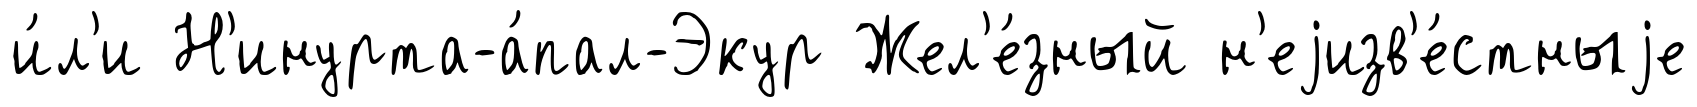
и́л'и Н'инурта-а́пал-Экур Жел'е́зный н'еjизв'е́стныjе